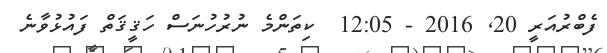
ފެބްރުއަރީ 20